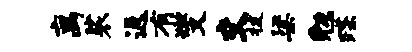
离裟返有燮交拔梁勉蹀